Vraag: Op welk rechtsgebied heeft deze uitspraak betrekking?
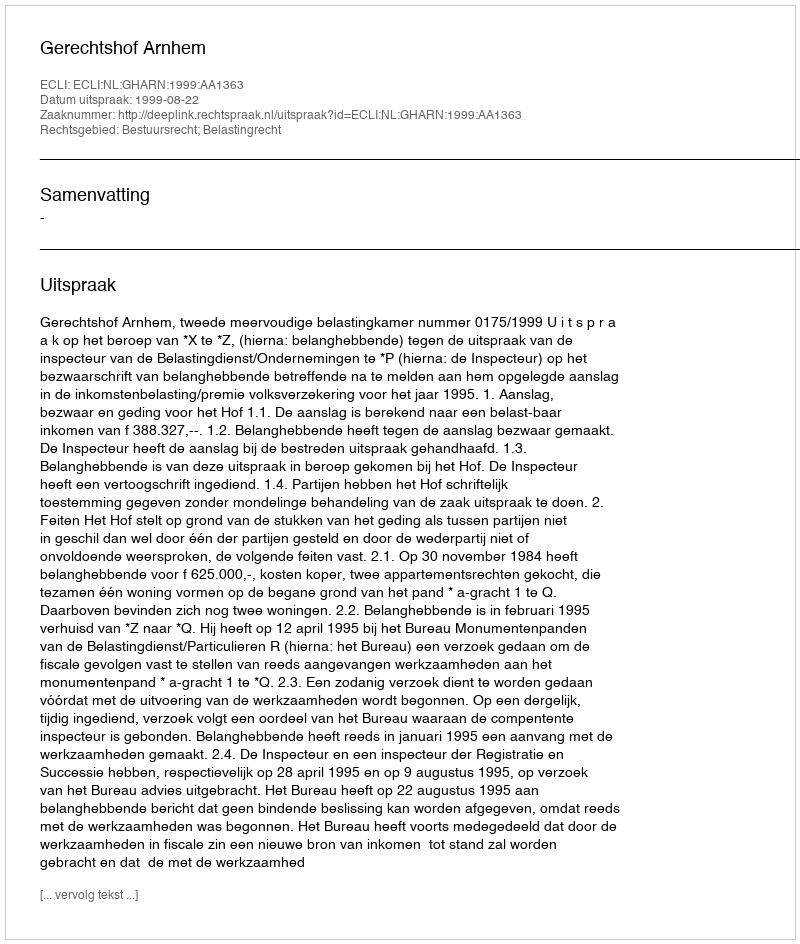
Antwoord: Bestuursrecht; Belastingrecht